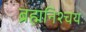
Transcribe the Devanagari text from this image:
ब्रह्मनिश्चयः